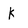
Character: K